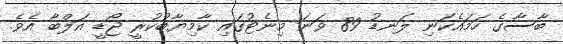
ބާސާގެ ހަމައެކަނި ލަނޑު 89 ވަނަ މިނެޓުގައި ކާމިޔާބުކުރީ ޖޯޑީ އަލްބާ އެވެ.